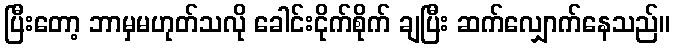
ပြီးတော့ ဘာမှမဟုတ်သလို ခေါင်းငိုက်စိုက် ချပြီး ဆက်လျှောက်နေသည်။